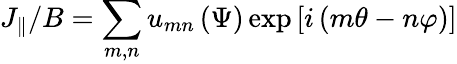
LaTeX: J_{\parallel}/B=\sum_{m,n}u_{mn}\left(\Psi\right)\exp\left[i\left(m\theta-n\varphi\right)\right]